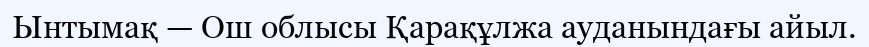
Ынтымақ — Ош облысы Қарақұлжа ауданындағы айыл.